Annual statistical returns and brief notes on vaccination in Bengal - 1896-1909
Year: 1896
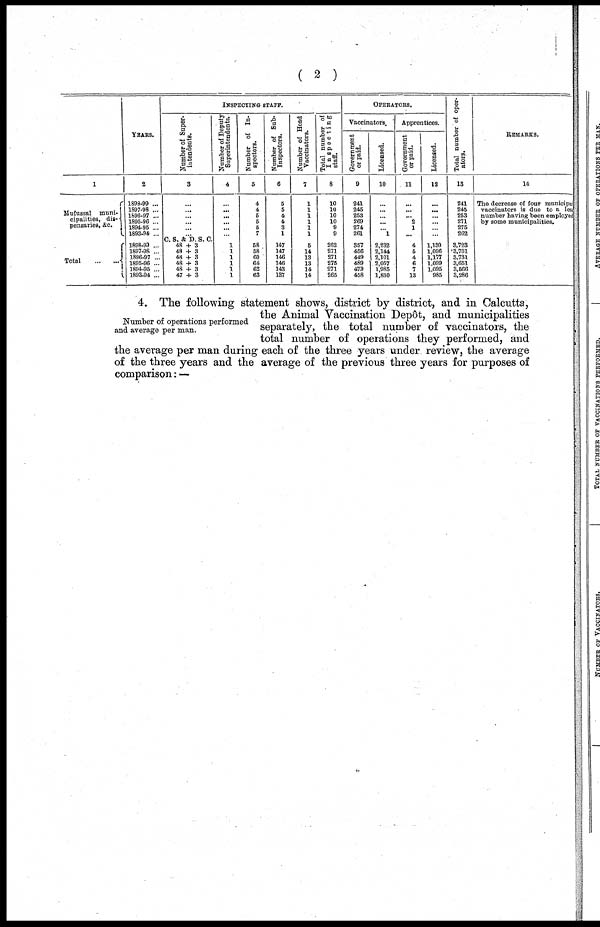
( 2 )
1
Mufussal muni-
cipalities, dis-
pensaries, &c.
Total
...
...
YEARS.
2
1898-99 ...
1897-98 ...
1696-97 ...
1895-96 ...
1894-95 ...
1893-94 ...
1898-99 ...
1897-98 ...
1896-97 ...
1895-96 ...
1894-95 ...
1893-94 ...
INSPECTING STAFF.
Number of Super-
intendents.
3
...
...
...
...
...
...
C. S, &D. S. C.
48 + 3
48 + 3
48 + 3
48 + 3
48 + 3
47 + 3
Number of Deputy
Superintendents.
4
...
...
...
...
...
...
1
1
1
1
1
1
Number of In-
spectors.
5
4
4
5
5
5
7
58
58
60
64
62
63
Number of Sub-
Inspectors.
6
5
5
4
4
3
1
147
147
146
146
143
137
Number of Head
Vaccinators.
7
1
1
1
1
1
1
5
14
13
13
14
14
Total number of
Inspecting
staff.
8
10
10
10
10
9 9
262
271
271
275
271
265
OPERATORS.
Vaccinators.
Government
or paid.
9
241
245
253
269
274
261
357
456
449
489
479
458
Licensed.
10
...
...
...
...
...
1
2,232
2,144
2,101
2,057
1,985
1,830
Apprentices.
Government
or paid.
11
...
...
... 2
1
...
4
5
4
6
1
13
Licensed.
12
...
...
...
...
...
...
1,130
1,096
1,177
1,099
1,095
985
Total number of oper-
ators.
13
241
245
253
271
275
262
3,723
3,701
3,731
3,651
3,566
3,286
REMARKS.
14
The decrease of four municipa
vaccinators is due to a less
number having been employed
by some municipalities.
Number of operations performed
and average per man.
4. The following statement shows, district by district, and in Calcutta,
the Animal Vaccination Depôt, and municipalities
separately, the total number of vaccinators, the
total number of operations they performed, and
the average per man during each of the three years under review, the average
of the three years and the average of the previous three years for purposes of
comparison: —